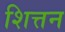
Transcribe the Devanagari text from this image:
शित्तन